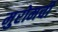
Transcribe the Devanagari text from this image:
मुरोमची